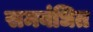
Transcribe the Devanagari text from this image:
समबंधित